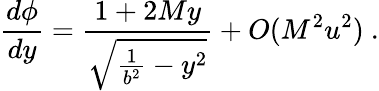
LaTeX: \frac{d\phi}{dy}=\frac{1+2My}{\sqrt{\frac{1}{b^{2}}-y^{2}}}+O(M^{2}u^{2})\ .